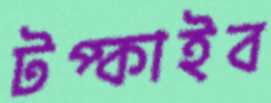
টপ্‌কাইব